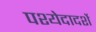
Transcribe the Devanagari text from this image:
पश्येदादर्शे